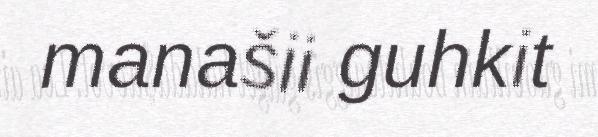
manašii guhkit